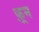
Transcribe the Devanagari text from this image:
फ़्रम